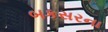
બકસરના